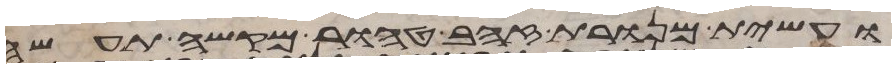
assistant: ועשית מנורת זהב טהור מקשה תעשה